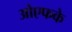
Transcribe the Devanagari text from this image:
ओएफके